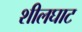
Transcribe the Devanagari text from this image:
शीलघाट